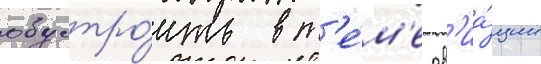
обустро́ить в т'е́м'е ав'иа́ции